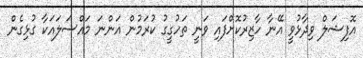
އޮފިޝަލް ވިދާޅުވީ އޭނާ ހާޒިރުކޮށްފައި ވަނީ ތަހުގީގު ކުރަމުން އަންނަ މައްސަލައަކާ ގުޅިގެން